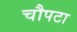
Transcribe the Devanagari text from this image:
चौपटा